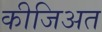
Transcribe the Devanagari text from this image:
कीजिअत